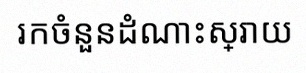
រកចំនួនដំណោះស្រាយ